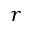
r